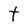
Character: t